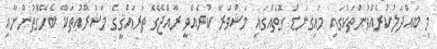
މި ބައްދަލުކުރެއްވުންތަކުގައި މައިގަނޑު ގޮތެއްގައި މަޝްވަރާ ކުރެއްވީ ރާއްޖޭގެ ތަރައްޤީގެ މަޝްރޫޢުތަކާ ބެހޭގޮތުންނާއި